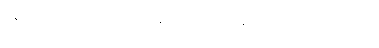
နေရာမှထ၍ ပီယာအား နေရာဖယ်ပေးနေသည်ကို တွေ့ရသည်။